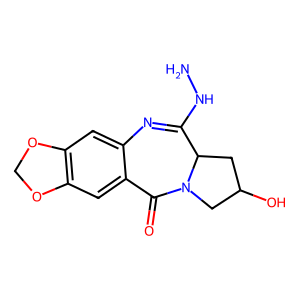
SMILES: NNC1=Nc2cc3c(cc2C(=O)N2CC(O)CC12)OCO3
Inhibits HIV replication: No